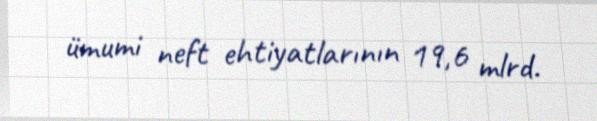
ümumi neft ehtiyatlarının 19,6 mlrd.